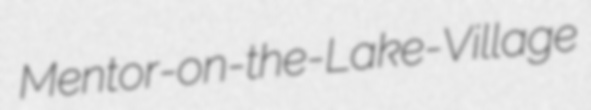
Mentor-on-the-Lake-Village